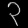
Digit: ၃